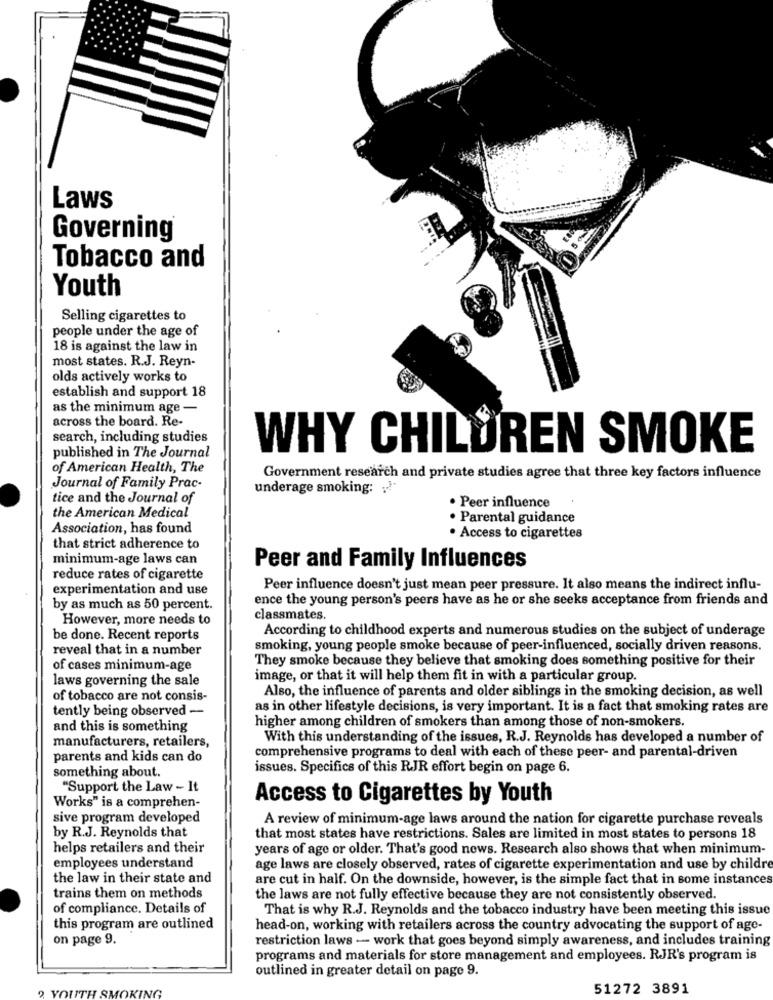
Laws
Governing
Tobacco and
Youth
Selling cigarettes to
people under the age of
18 is against the law in
most states. R.J. Reyn-
olds actively works to
establish and support 18
as the minimum age -
across the board. Re-
search, including studies
published in The Journal
WHY CHILDREN SMOKE
of American Health, The
Government research and private studies agree that three key factors influence
Journal of Family Prac-
underage smoking: „
tice and the Journal of
. Peer influence
the American Medical
· Parental guidance
Association, has found
· Access to cigarettes
that strict adherence to
minimum-age laws can
Peer and Family Influences
reduce rates of cigarette
experimentation and use
Peer influence doesn't just mean peer pressure. It also means the indirect influ-
ence the young person's peers have as he or she seeks acceptance from friends and
by as much as 50 percent.
However, more needs to
classmates.
According to childhood experts and numerous studies on the subject of underage
be done. Recent reports
reveal that in a number
smoking, young people smoke because of peer-influenced, socially driven reasons.
They smoke because they believe that smoking does something positive for their
of cases minimum-age
laws governing the sale
image, or that it will help them fit in with a particular group.
Also, the influence of parents and older siblings in the smoking decision, as well
of tobacco are not consis-
tently being observed -
as in other lifestyle decisions, is very important. It is a fact that smoking rates are
and this is something
higher among children of smokers than among those of non-smokers.
With this understanding of the issues, R.J. Reynolds has developed a number of
manufacturers, retailers,
comprehensive programs to deal with each of these peer- and parental-driven
parents and kids can do
something about.
issues. Specifics of this RJR effort begin on page 6.
"Support the Law - It
Access to Cigarettes by Youth
Works" is a comprehen-
sive program developed
A review of minimum-age laws around the nation for cigarette purchase reveals
by R.J. Reynolds that
that most states have restrictions. Sales are limited in most states to persons 18
helps retailers and their
years of age or older. That's good news. Research also shows that when minimum-
employees understand
age laws are closely observed, rates of cigarette experimentation and use by childre
the law in their state and
are cut in half. On the downside, however, is the simple fact that in some instances
trains them on methods
the laws are not fully effective because they are not consistently observed.
of compliance. Details of
That is why R.J. Reynolds and the tobacco industry have been meeting this issue
this program are outlined
head-on, working with retailers across the country advocating the support of age-
on page 9.
restriction laws - work that goes beyond simply awareness, and includes training
programs and materials for store management and employees. RJR's program is
outlined in greater detail on page 9.
ING
51272 3891